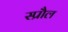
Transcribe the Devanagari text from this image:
स्प्रौल